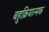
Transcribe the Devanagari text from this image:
बहुक्रियात्मक